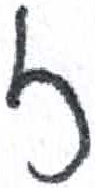
אות: ז